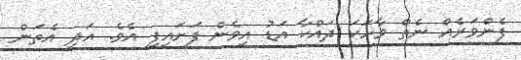
ފެންވަރެއް ނެތް ވާހަކަ ދައްކާ އަޑު އިވެން ފަށައިފި އެވެ. އަދި އެތަން